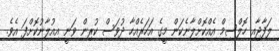
ލަފާޖާއި ހޮލްސިމް އެއްކޮށްލާނެކަން މީގެ އަހަރެއްހާ ދުވަސް ކުރިން ވަނީ އިއުލާނުކޮށްފަ އެވެ.